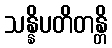
သန္နိပတိတန္တိ